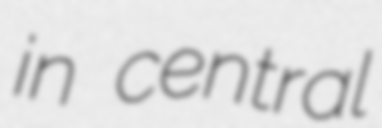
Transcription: in central